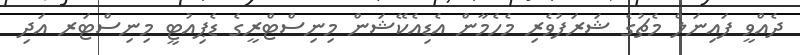
ދެއްވީ ފައިނަލް މެޗުގެ ޝަރަފުވެރި މެހެމާން އެޑިއެކޭޝަން މިނިސްޓްރީގެ ޑެޕިއުޓީ މިނިސްޓަރ އަދި